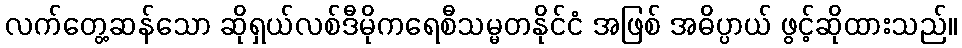
လက်တွေ့ဆန်သော ဆိုရှယ်လစ်ဒီမိုကရေစီသမ္မတနိုင်ငံ အဖြစ် အဓိပ္ပာယ် ဖွင့်ဆိုထားသည်။